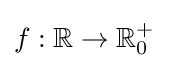
f:\mathbb {R} \rightarrow \mathbb {R} _{0}^{+}